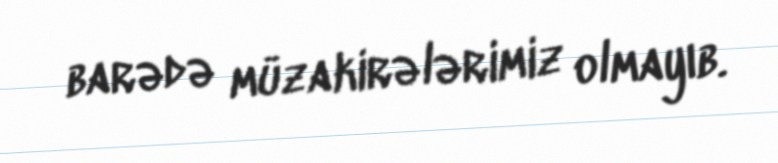
barədə müzakirələrimiz olmayıb.